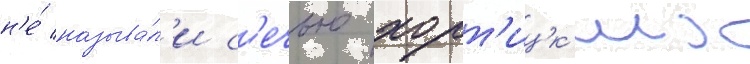
н'е́ называ́л'и с'ечью хорт'ицк'их